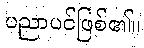
ပညာပင်ဖြစ်၏။